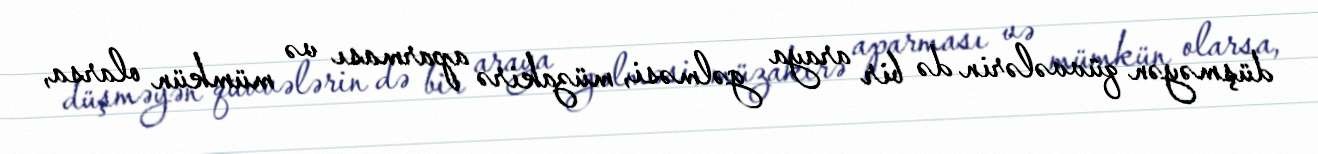
düşməyən qüvvələrin də bir araya gəlməsi, müzakirə aparması və mümkün olarsa,